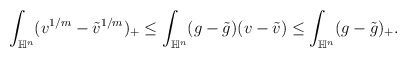
\begin{align*} \begin{aligned} \int_{\mathbb{H}^n}(v^{1/m}-\Tilde{v}^{1/m})_+\leq \int_{\mathbb{H}^n}(g-\Tilde{g})(v-\Tilde{v})\leq \int_{\mathbb{H}^n}(g-\Tilde{g})_+. \end{aligned} \end{align*}